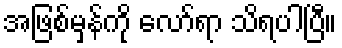
အဖြစ်မှန်ကို လော်ရာ သိရပါပြီ။